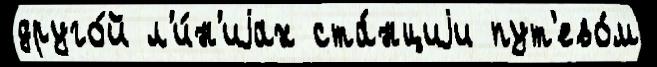
друго́й л'и́н'иjах ста́нциjи пут'ево́м